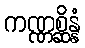
ကဏ္ဏစ္ဆိန္နံ